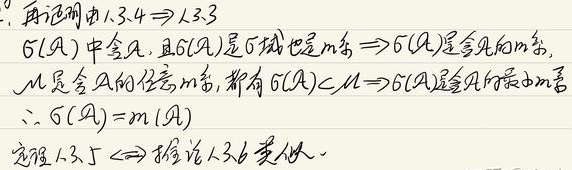
1. 再证明由1.3.4$\Rightarrow$1.3.3
$\delta(\mathcal{A})$中含$\mathcal{A}$，且$\delta(\mathcal{A})$是$\delta$域也是$m$系$\Rightarrow\delta(\mathcal{A})$是含$\mathcal{A}$的$m$系，
$\mathcal{M}$是含$\mathcal{A}$的任意$m$系，都有$\delta(\mathcal{A})\subset \mathcal{M}\Rightarrow\delta(\mathcal{A})$是含$\mathcal{A}$的最小$m$系
$\therefore \delta(\mathcal{A}) = m(\mathcal{A})$
定理1.3.5$\Leftrightarrow$推论1.3.6 类似.